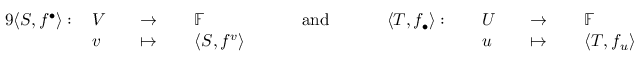
{ \begin{array} { r l r l r l r l r l r l r l r l } { { 9 } \langle S , f ^ { \bullet } \rangle : \, } & { V } & & { \to \, } & & { \mathbb { F } } & & { \quad { \mathrm { ~ a n d ~ } } \quad } & & { \langle T , f _ { \bullet } \rangle : \, } & & { U } & & { \to \, } & & { \mathbb { F } } \\ & { v } & & { \mapsto \, } & & { \langle S , f ^ { v } \rangle } & & { } & & { } & & { u } & & { \mapsto \, } & & { \langle T , f _ { u } \rangle } \end{array} }